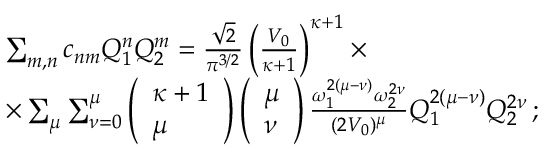
\begin{array} { r l } & { \sum _ { m , n } c _ { n m } Q _ { 1 } ^ { n } Q _ { 2 } ^ { m } = \frac { \sqrt { 2 } } { \pi ^ { 3 / 2 } } \left( \frac { V _ { 0 } } { \kappa + 1 } \right) ^ { \kappa + 1 } \times } \\ & { \times \sum _ { \mu } \sum _ { \nu = 0 } ^ { \mu } \left( \begin{array} { l } { \kappa + 1 } \\ { \mu } \end{array} \right) \left( \begin{array} { l } { \mu } \\ { \nu } \end{array} \right) \frac { \omega _ { 1 } ^ { 2 ( \mu - \nu ) } \omega _ { 2 } ^ { 2 \nu } } { ( 2 V _ { 0 } ) ^ { \mu } } Q _ { 1 } ^ { 2 ( \mu - \nu ) } Q _ { 2 } ^ { 2 \nu } \, ; } \end{array}